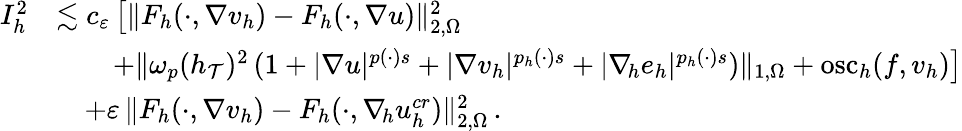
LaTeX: \begin{array}{r}{\begin{array}{rl}{I_{h}^{2}}&{\lesssim c_{\varepsilon}\, \big[\| F_{h}(\cdot,\nabla v_{h})-F_{h}(\cdot,\nabla u)\| _{2,\Omega}^{2}}\\ &{\quad\quad+\| \omega_{p}(h_{\mathcal{T}})^{2}\, (1+\vert\nabla u\vert^{p(\cdot)s}+\vert\nabla v_{h}\vert^{p_{h}(\cdot)s}+\vert\nabla_{\! h}e_{h}\vert^{p_{h}(\cdot)s})\| _{1,\Omega}+\mathrm{osc}_{h}(f,v_{h})\big]}\\ &{\quad+\varepsilon\, \| F_{h}(\cdot,\nabla v_{h})-F_{h}(\cdot,\nabla_{\! h}u_{h}^{\textit{cr}})\| _{2,\Omega}^{2}\, .}\end{array}}\end{array}